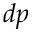
d p